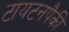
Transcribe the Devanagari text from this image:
टायटनपैकी